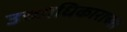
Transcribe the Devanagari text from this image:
उच्चाधिकाराच्या